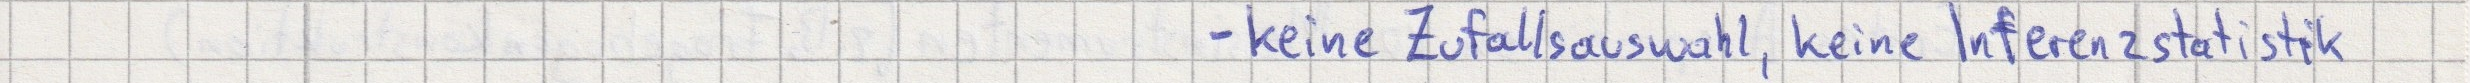
- keine Zufallsauswahl, keine Inferenzstatistik